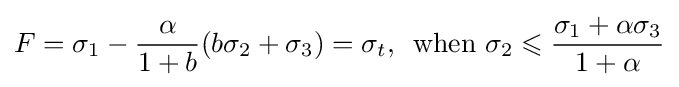
F={\sigma _{1}}-{\frac {\alpha }{1+b}}(b{\sigma _{2}}+{\sigma _{3}})={\sigma _{t}},\,{\text{ when }}{\sigma _{2}}\leqslant {\frac {{\sigma _{1}}+\alpha {\sigma _{3}}}{1+\alpha }}